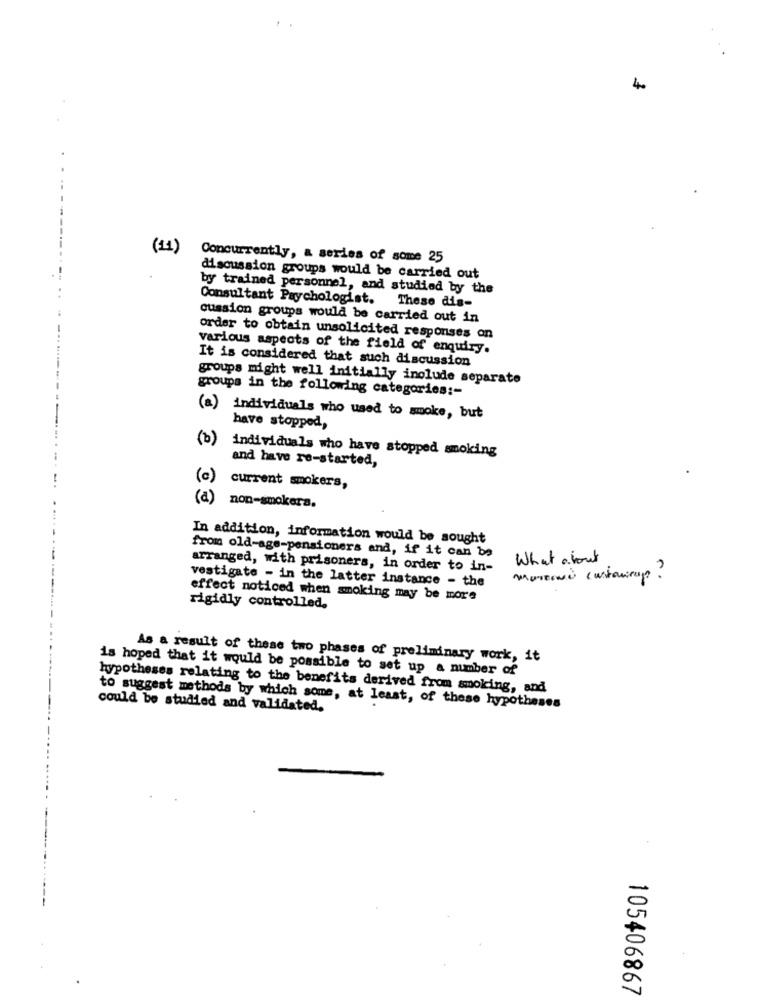
4.
(11)
Concurrently, a series of some 25
discussion groups would be carried out
by trained personnel, and studied by the
Consultant Psychologist. These dis-
cussion groups would be carried out in
order to obtain unsolicited responses on
various aspects of the field of enquiry.
It is considered that such discussion
groups might well initially include separate
groups in the following categories :-
(a) individuals who used to smoke, but
have stopped,
(b) individuals who have stopped smoking
and have re-started,
(c) current smokers,
(a) non-smokers.
In addition, information would be sought
from old-age-pensioners and, if it can be
What about
arranged, with prisoners, in order to in-
vestigate - in the latter instance - the
montoni custasirup ?
effect noticed when smoking may be more
rigidly controlled.
As a result of these two phases of preliminary work, it
is hoped that it would be possible to set up a number of
hypotheses relating to the benefits derived from smoking, and
could be studied and validated.
to suggest methods by which some, at least, of these hypotheses
105406867